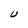
Character: U